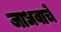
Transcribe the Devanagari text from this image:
जाधवाचे